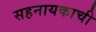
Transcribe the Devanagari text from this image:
सहनायकाची